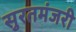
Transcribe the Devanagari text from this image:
सुरतमंजरी